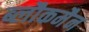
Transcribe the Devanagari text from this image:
ब्लौकमैन